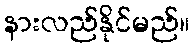
နားလည်နိုင်မည်။